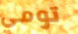
تومي